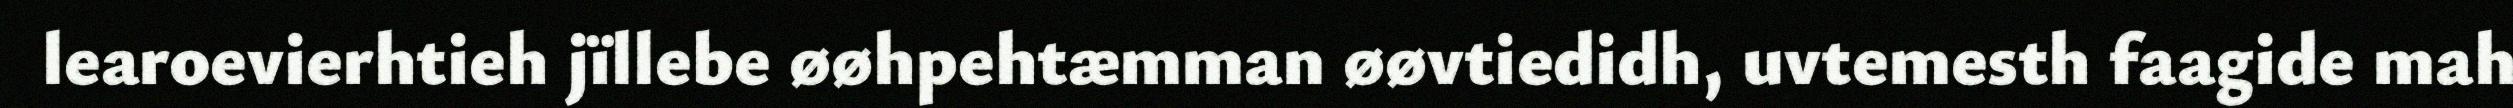
learoevierhtieh jïllebe øøhpehtæmman øøvtiedidh, uvtemesth faagide mah